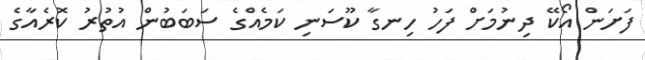
ފަށަން އޯކޭ ދިނުމަށް ފަހު ހިނގާ ކޫސަނި ކަމެއްގެ ސަބަބުން އުތުރު ކޮރެއާގެ